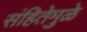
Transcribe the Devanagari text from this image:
संहितेमुळे